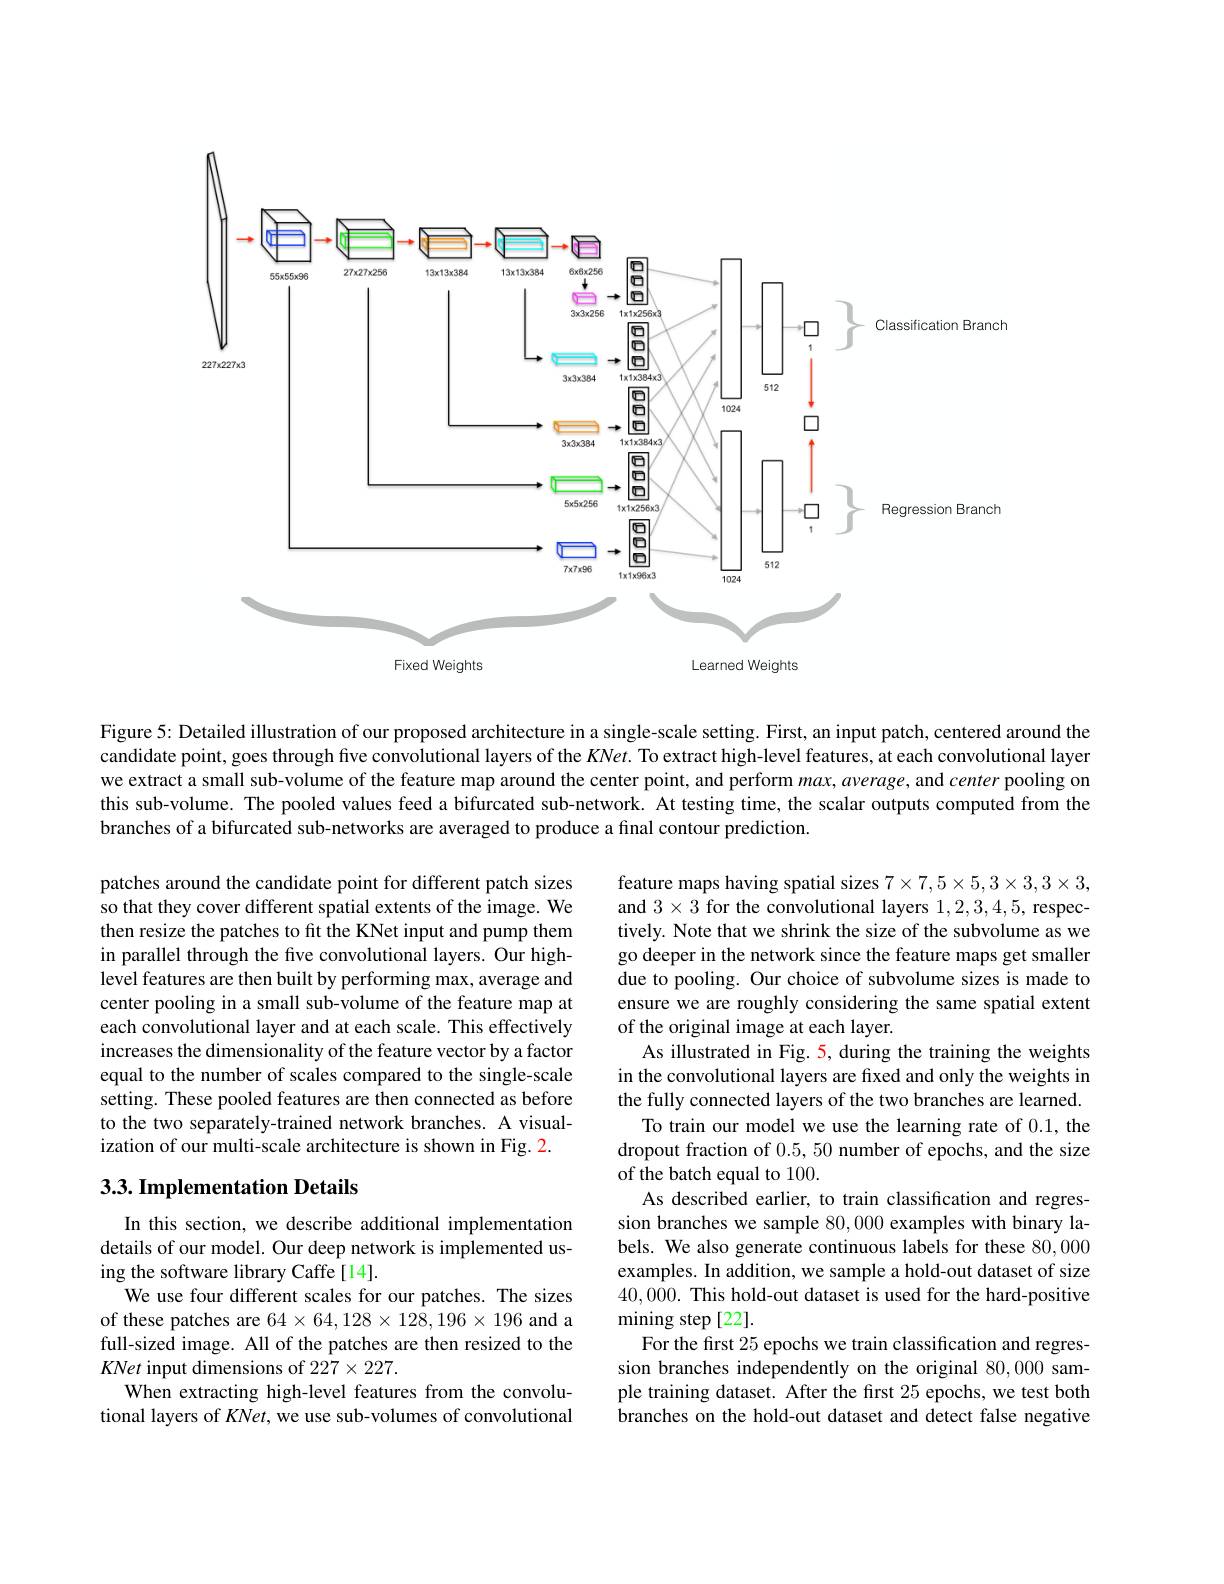
<FigureHere>

Figure 5: Detailed illustration of our proposed architecture in a single-scale setting. First, an input patch, centered around the candidate point, goes through five convolutional layers of the $KNet.$ To extract high-level features, at each convolutional layer we extract a small sub-volume of the feature map around the center point, and perform $m\alpha x,average$, and center pooling on this sub-volume. The pooled values feed a bifurcated sub-network. At testing time, the scalar outputs computed from the branches of a bifurcated sub-networks are averaged to produce a final contour prediction.

patches around the candidate point for different patch sizes $\hat{\text{so that they cover different spatial extents of the image. We}}$ then resize the patches to fit the KNet input and pump them in parallel through the five convolutional layers. Our high- $\hat{\text{level features are then built by performing max, average and}}$ center pooling in a small sub-volume of the feature map at each convolutional layer and at each scale. This effectively increases the dimensionality of the feature vector by a factor equal to the number of scales compared to the single-scale setting. These pooled features are then connected as before to the two separately-trained network branches. A visualization of our multi-scale architecture is shown in Fig. 2

feature maps having spatial sizes $7\times7,5\times5,3\times3,3\times3$, and $3\times3$ for the convolutional layers 1,2,3,4,5, respectively. Note that we shrink the size of the subvolume as we go deeper in the network since the feature maps get smaller due to pooling. Our choice of subvolume sizes is made to ensure we are roughly considering the same spatial extent of the original image at each layer.
As illustrated in Fig. 5, during the training the weights in the convolutional layers are fixed and only the weights in the fully connected layers of the two branches are learned.
To train our model we use the learning rate of 0.1, the dropout fraction of 0.5,50 number of epochs, and the size of the batch equal to 100.
As described earlier, to train classification and regression branches we sample 80,000 examples with binary labels. We also generate continuous labels for these 80,000 examples. In addition, we sample a hold-out dataset of size 40,000. This hold-out dataset is used for the hard-positive mining step[22].
For the first 25 epochs we train classification and regression branches independently on the original 80,000 sample training dataset. After the first 25 epochs, we test both branches on the hold-out dataset and detect false negative

### 3.3. Implementation Details

In this section, we describe additional implementation details of our model. Our deep network is implemented using the software library Caffe[14].
We use four different scales for our patches. The sizes of these patches are $64\times64,128\times128,196\times196$ and a full-sized image. All of the patches are then resized to the KNet input dimensions of 227×227.
When extracting high-level features from the convolutional layers of KNet, we use sub-volumes of convolutional